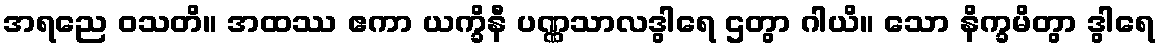
အရညေ ဝသတိ။ အထဿ ဧကာ ယက္ခိနီ ပဏ္ဏသာလဒွါရေ ဌတွာ ဂါယိ။ သော နိက္ခမိတွာ ဒွါရေ